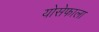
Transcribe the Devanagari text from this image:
योसेफाला